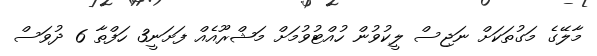
މާލޭގެ މަގުތަކަށް ނަޖިސް ލީކުވުން ހުއްޓުވުމަށް މަޝްރޫއެއް ފަށަނީ3 ހަފްތާ 6 ދުވަސް